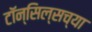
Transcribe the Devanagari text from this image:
टॉन्सिल्सच्या